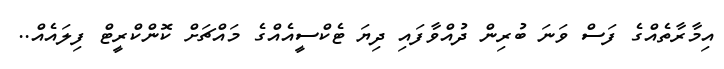
އިމާރާތެއްގެ ފަސް ވަނަ ބުރިން ދުއްވާފައި ދިޔަ ޓެކްސީއެއްގެ މައްޗަށް ކޮންކްރީޓް ފިލައެއް..